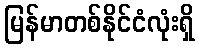
မြန်မာတစ်နိုင်ငံလုံးရှိ